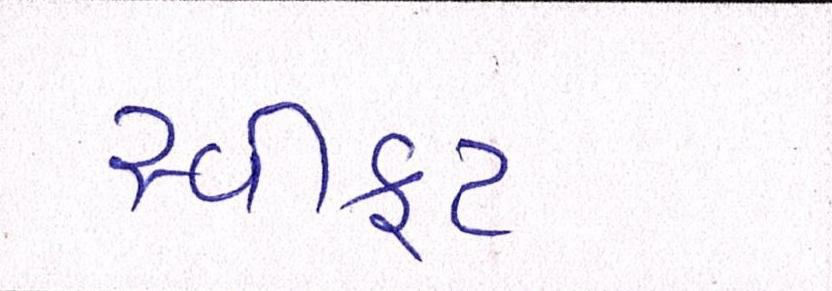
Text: સ્વીફટ